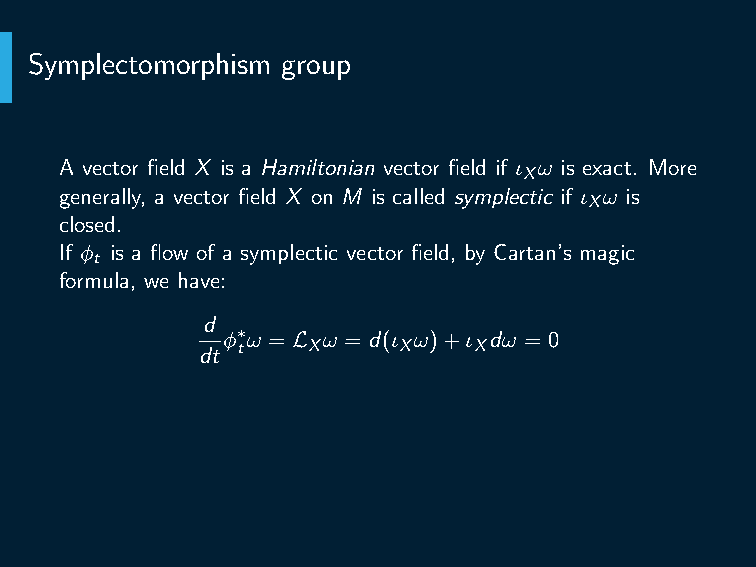
Cor. (Liouville’s theorem) Hamiltonian flow ϕH : M → M
 t
 preserves volume (i.e. Hamiltonian flow is incompressible).
 Symplectomorphism group
 A vector field X is a Hamiltonian vector field if ι ω is exact. More
 X
 generally, a vector field X on M is called symplectic if ι ω is
 X
 closed.
 If ϕ is a flow of a symplectic vector field, by Cartan’s magic
 t
 formula, we have:
 d
 ϕ∗ω = L ω = d(ι ω)+ι dω = 0
 dt t   X     X    X